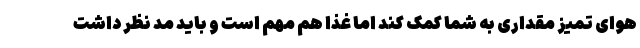
هوای تمیز مقداری به شما کمک کند اما غذا هم مهم است و باید مد نظر داشت